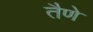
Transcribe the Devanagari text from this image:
तैणे